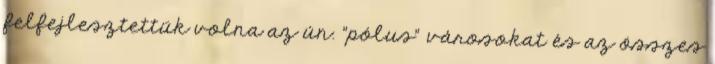
felfejlesztettük volna az ún. "pólus" városokat és az összes